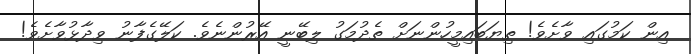
އިން ކަމުގައި ވާށެވެ! ތިޔަބައިމީހުންނަށް ތެދުމަގު ލިބޭނީ އޭރުންނެވެ. ކަލޭގެފާނު ވިދާޅުވާށެވެ!